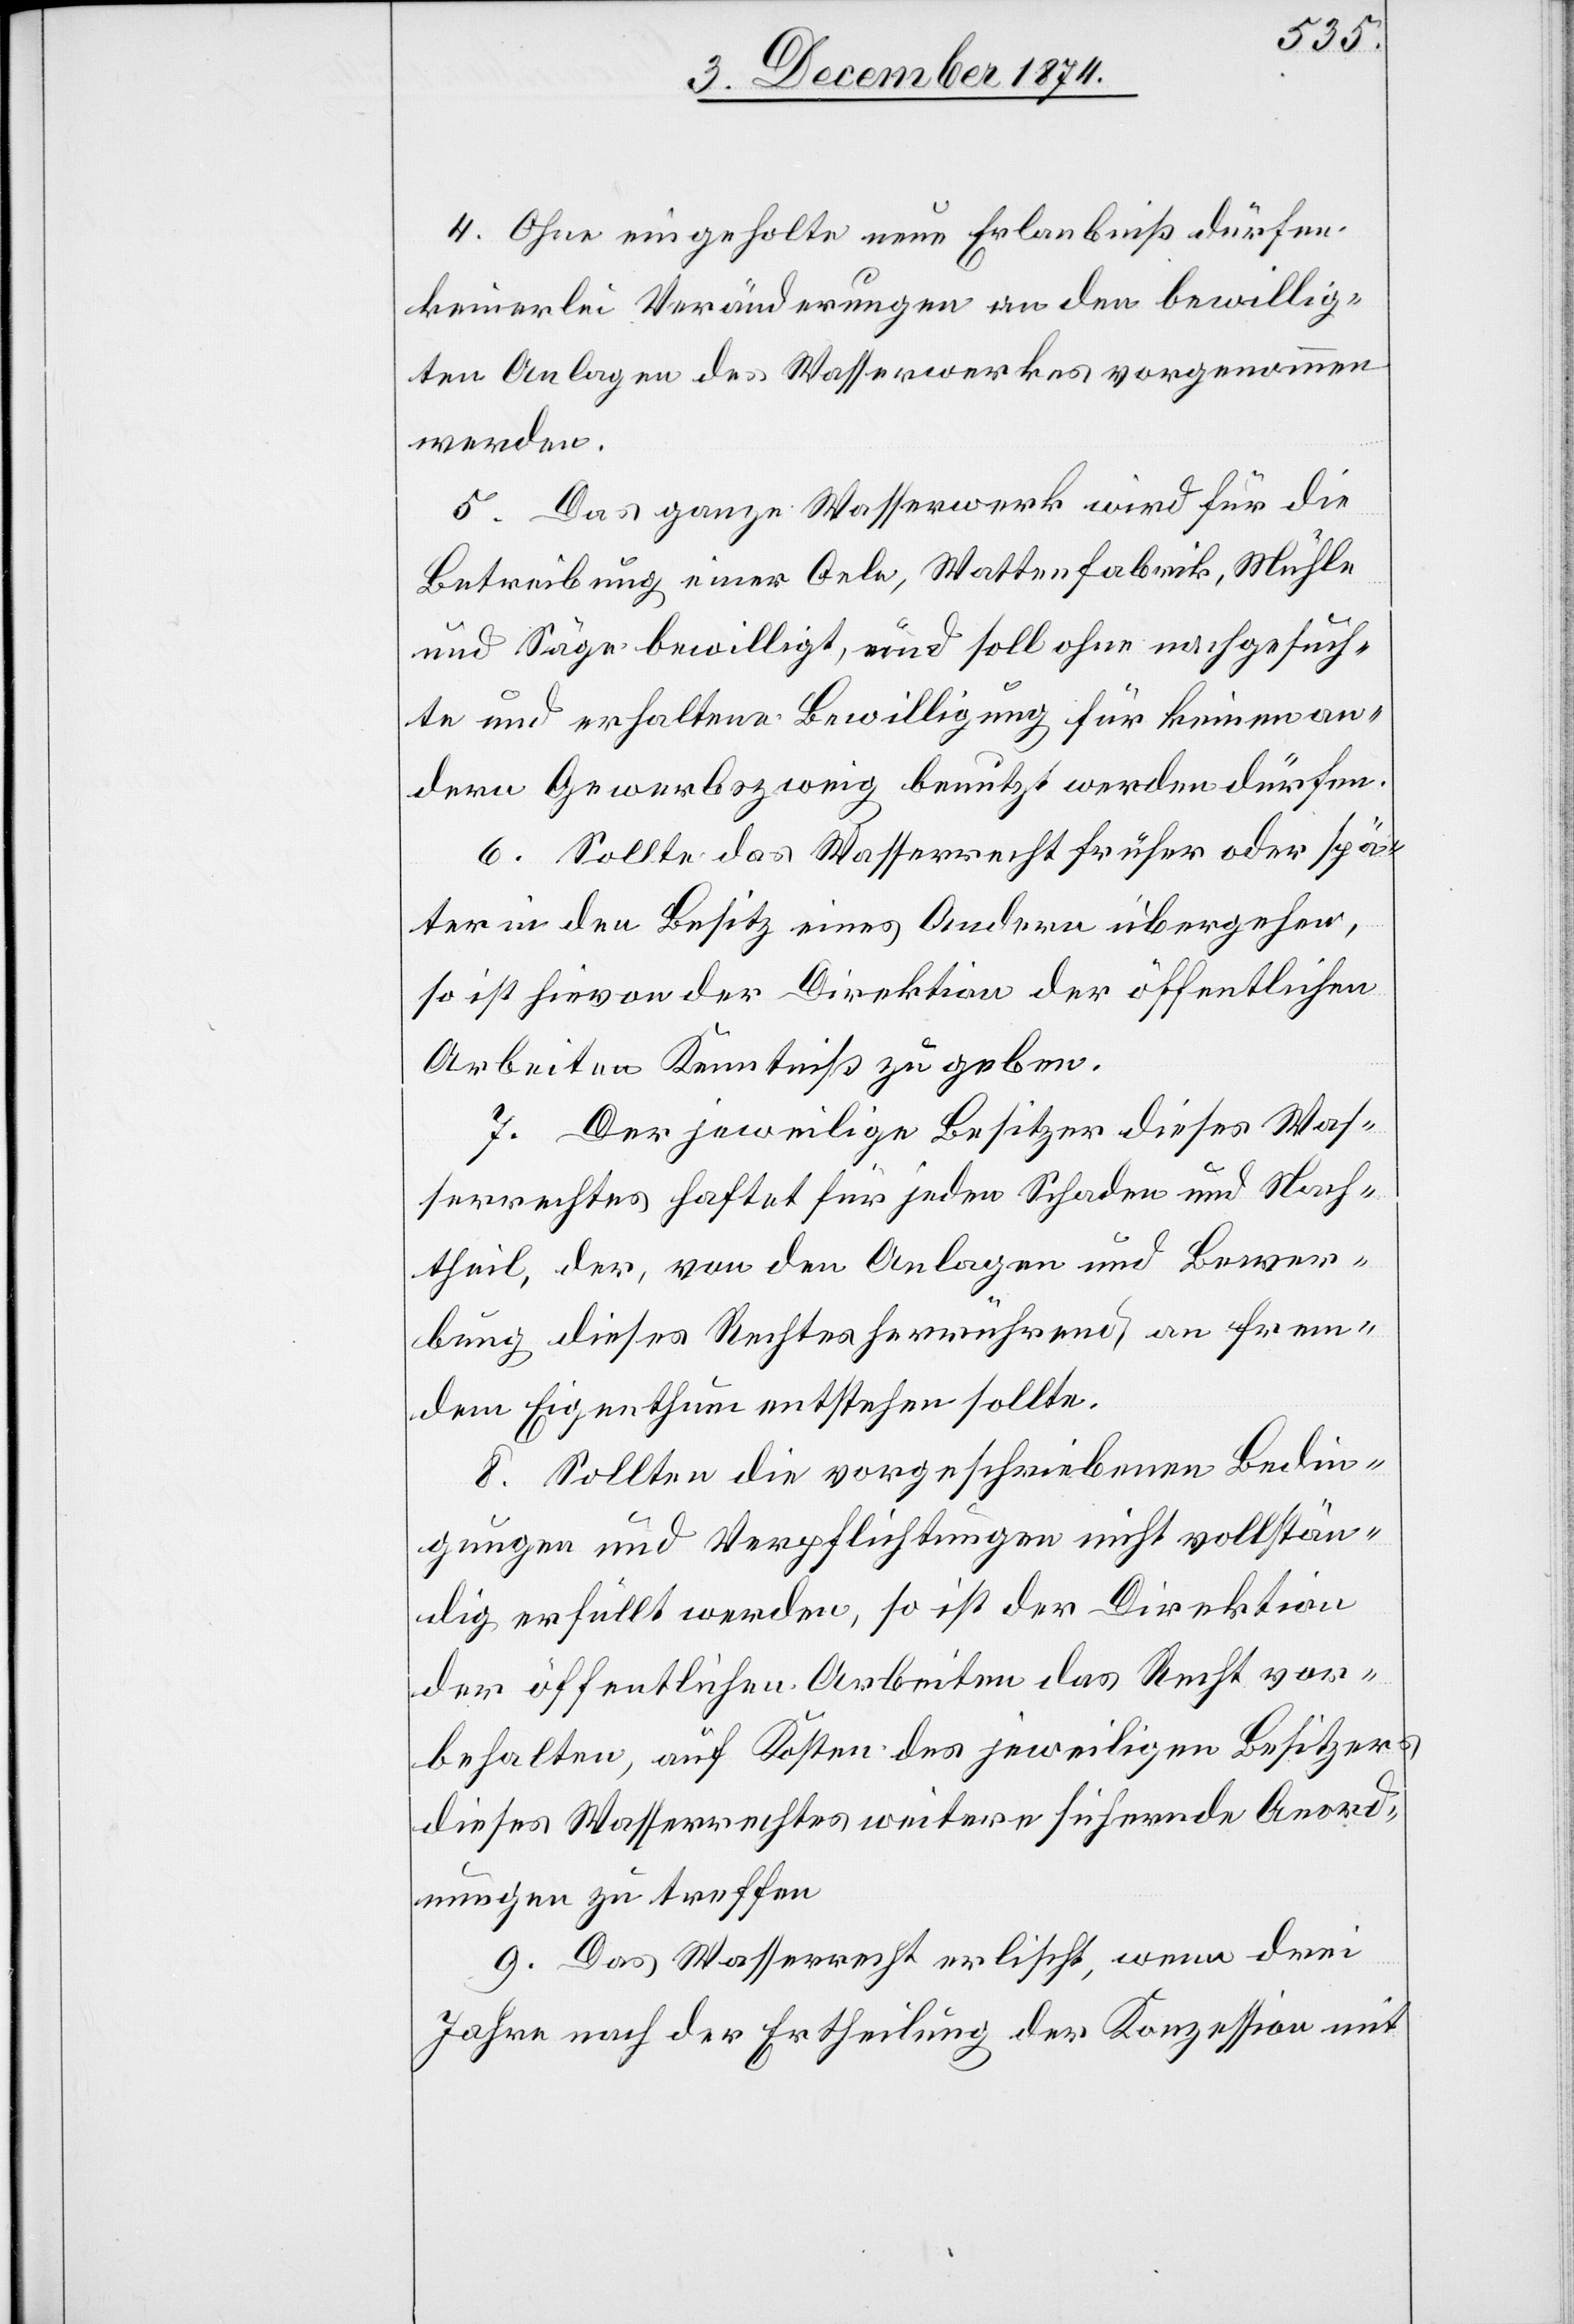
4. Ohne eingeholte neue Erlaubniß dürfen
keinerlei Veränderungen an den bewillig¬
ten Anlagen des Wasserwerkes vorgenommen
werden.
5. Das ganze Wasserwerk wird für die
Betreibung einer Oele, Wattefabrik, Mühle
und Säge bewilligt, und soll ohne nachgesuch¬
te und erhaltene Bewilligung für keinen an¬
dern Gewerbszweig benutzt werden dürfen.
6. Sollte das Wasserrecht früher oder spä¬
ter in den Besitz eines Andern übergehen,
7. Der jeweilige Besitzer dieses Was¬
serrechtes haftet für jeden Schaden und Nach¬
theil, der, von den Anlagen und Bewer¬
bung dieses Rechtes herrührend, an frem¬
dem Eigenthum entstehen sollte.
8. Sollten die vorgeschriebenen Bedin¬
gungen und Verpflichtungen nicht vollstän¬
dig erfüllt werden, so ist der Direktion
der öffentlichen Arbeiten das Recht vor¬
behalten, auf Kosten des jeweiligen Besitzers
dieses Wasserrechts weitere sichernde Anord¬
nungen zu treffen.
9. Das Wasserrecht erlischt, wenn drei
Jahr nach der Ertheilung der Konzession mit